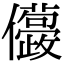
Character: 𠑛